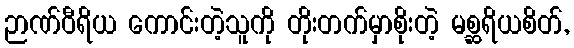
ဉာဏ်ဝီရိယ ကောင်းတဲ့သူကို တိုးတက်မှာစိုးတဲ့ မစ္ဆရိယစိတ်,